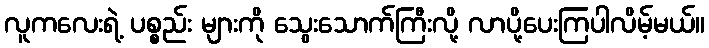
လူကလေးရဲ့ ပစ္စည်း များကို သွေးသောက်ကြီးလို့ လာပို့ပေးကြပါလိမ့်မယ်။